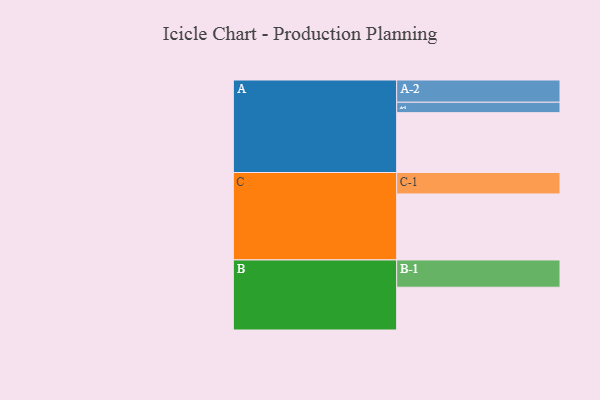
{"axis": {"x": "Segment", "y": "Value"}, "legend": ["", "A", "B", "C"], "data": [{"x": "A", "y": 533, "type": ""}, {"x": "B", "y": 381, "type": ""}, {"x": "C", "y": 588, "type": ""}, {"x": "A-1", "y": 93, "type": "A"}, {"x": "A-2", "y": 198, "type": "A"}, {"x": "B-1", "y": 243, "type": "B"}, {"x": "C-1", "y": 191, "type": "C"}]}